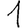
Digit: 1